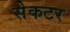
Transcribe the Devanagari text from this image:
सेकटर